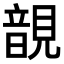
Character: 𧡱